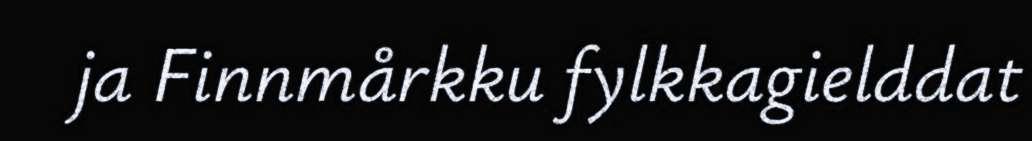
ja Finnmårkku fylkkagielddat